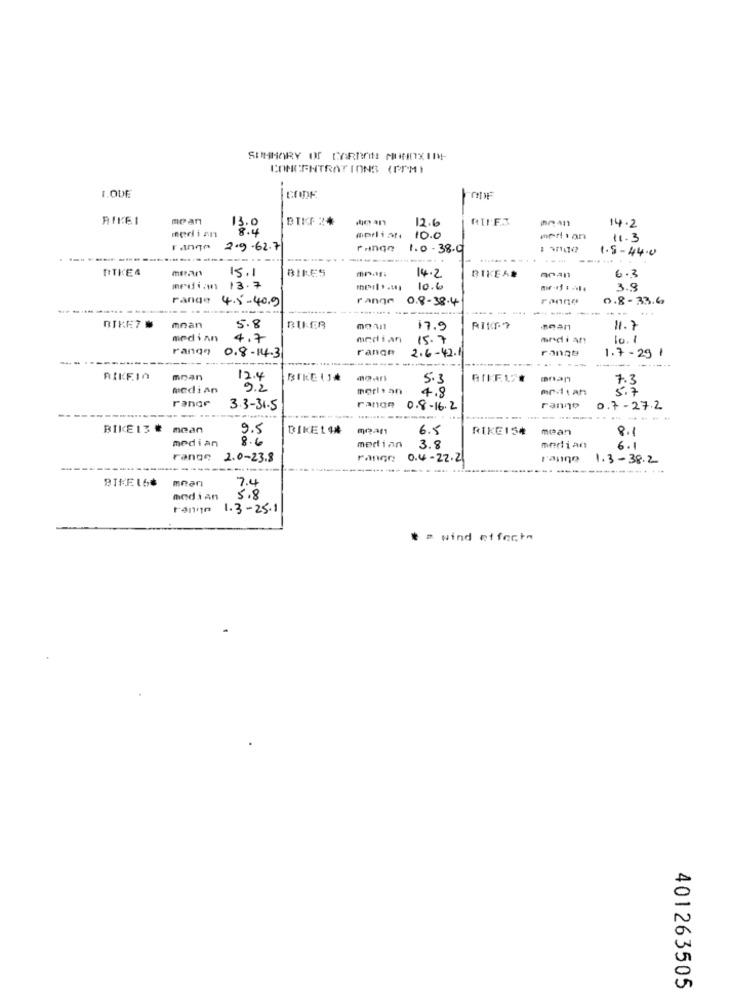
SUMMARY OF CARBON MONOXIDE
CONCENTRATIONS (PPM)
1.ODE
CODE
RIKEI
me an
BIKF 24
12.6
14.2
med inn
13.0
8.4
mprliaf4
10.0
median
11.3
rango
2.9.62.7
1.0 . 38.9
1.5-44.0
----.
RTKE4
metar
15.1
BIRES
14.2
6.3
BIKEAR
mediam
13.7
lo.6
3.8
range
4.5-40.9
range
0.8-38.4
ranne
0.8-33.6
--------
-----...
BIKE7 #
moan
5.8
BIKER
17.9
mean
11.7
median
4.7
median
15.7
mrdi an
10.1
rango
0.8.14.3
range
2.6-42.1
1.7-29
----- --------
-----
-----**
Leud
RIKFIO
mnan
12.4
5.3
7.
median
9.2
meris an
4.8
median
5.7
range
3.3-31.5
range
0.8-16.2
ranno
0.7-27.2
-----
BIKE 13 ₺
mean
9.5
BIKEL 12
meant
6.5
RIKE154
mean
8.1
median
8.6
median
3.8
merlian
6.1
range
2.0-23.8
range
0.4-22.21
1.3-38.2
BIKE16₺
mRan
7.4
median
5.8
1.3-25.1
* = wind effect
A
0
401263505